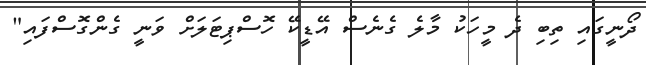
ދޯނީގައި ތިބި ދެ މީހަކު މާލެ ގެނެސް އޭޑީކޭ ހޮސްޕިޓަލަށް ވަނީ ގެންގޮސްފައި"